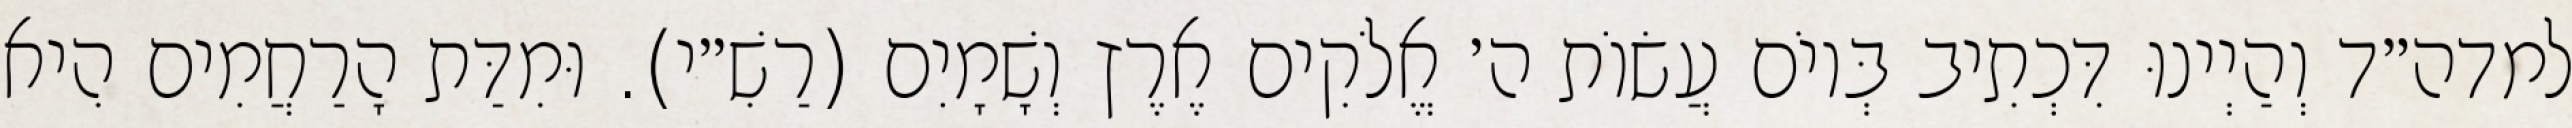
למדה״ד וְהַיְינוּ דִּכְתִיב בְּיוֹם עֲשׂוֹת ה׳ אֱלֹקִים אֶרֶץ וְשָׁמָיִם (רַשִׁ״י). וּמִדַּת הָרַחֲמִים הִיא